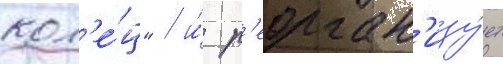
кол'е́ц" / и́ р'еорган'изу́ет